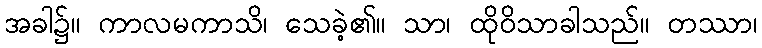
အခါ၌။ ကာလမကာသိ၊ သေခဲ့၏။ သာ၊ ထိုဝိသာခါသည်။ တဿာ၊